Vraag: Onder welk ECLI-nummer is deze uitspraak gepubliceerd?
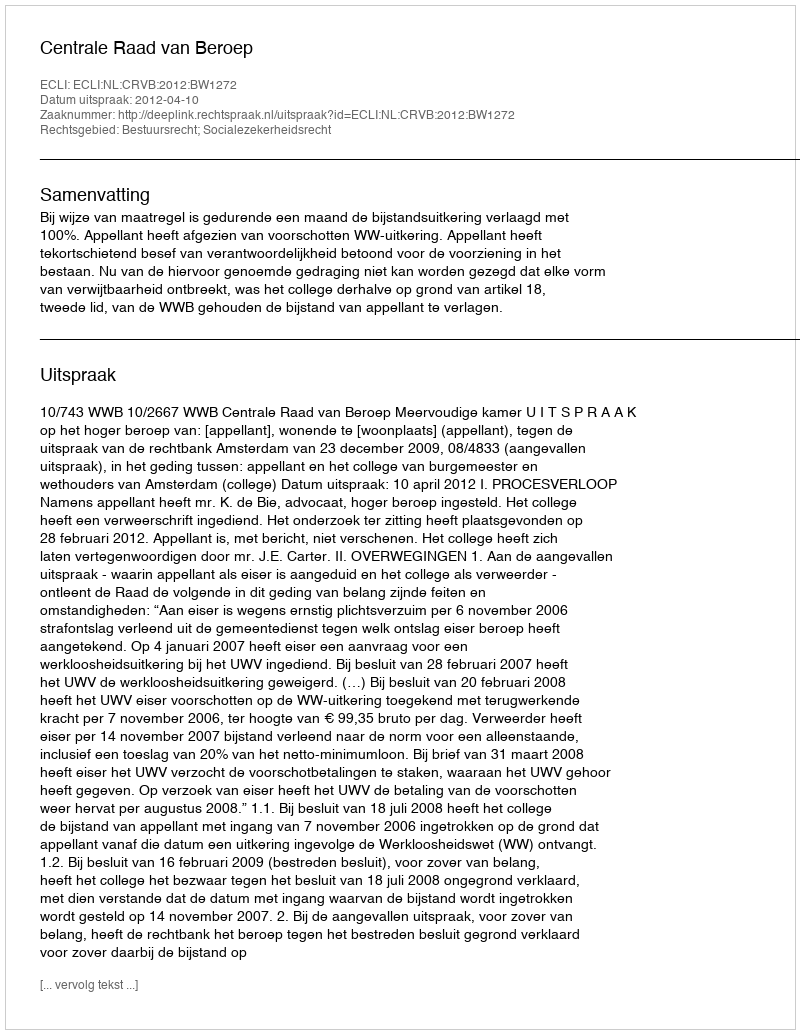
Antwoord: ECLI:NL:CRVB:2012:BW1272